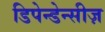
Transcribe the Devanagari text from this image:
डिपेन्डेन्सीज़